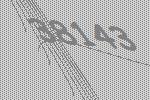
38143